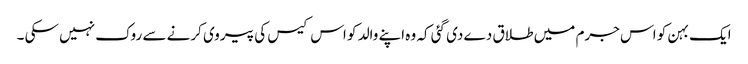
ایک بہن کو اس جرم میں طلاق دے دی گئی کہ وہ اپنے والد کو اس کیس کی پیروی کرنے سے روک نہیں سکی ۔